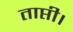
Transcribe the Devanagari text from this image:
ताप्ती।